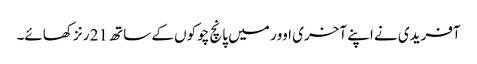
آفریدی نے اپنے آخری اوور میں پانچ چوکوں کے ساتھ 21 رنز کھائے۔